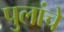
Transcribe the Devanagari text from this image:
पुलांचे